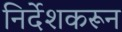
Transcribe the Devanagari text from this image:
निर्देशकरून